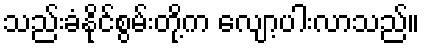
သည်းခံနိုင်စွမ်းတို့က လျော့ပါးလာသည်။